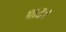
શટર